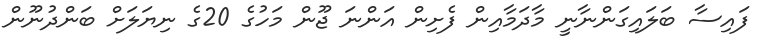
ފައިސާ ބަލައިގަންނާނީ މާދަމާއިން ފެށިން އަންނަ ޖޫން މަހުގެ 20ގެ ނިޔަލަށް ބަންދުނޫން